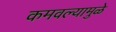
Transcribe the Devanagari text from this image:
कमवल्यामुळे